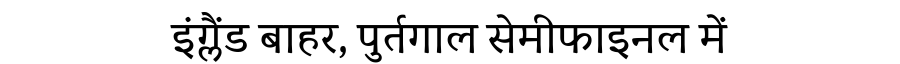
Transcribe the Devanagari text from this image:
इंग्लैंड बाहर, पुर्तगाल सेमीफाइनल में